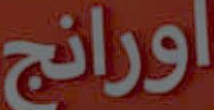
اورانج